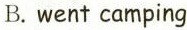
B.went camping